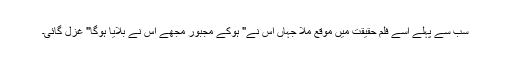
سب سے پہلے اُسے فِلْم حقیقت میں مَوقع مِلا جہاں اُس نے" ہوکے مجبُور مُجھے اُس نے بُلایا ہوگا" غزل گائی۔